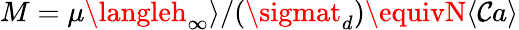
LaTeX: M=\mu\langleh_{\infty}\rangle/(\sigmat_{d})\equivN\langle\mathcal{C}a\rangle